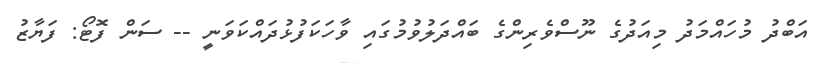
އަބްދު މުހައްމަދު މިއަދުގެ ނޫސްވެރިންގެ ބައްދަލުވުމުގައި ވާހަކަފުޅުދައްކަވަނީ -- ސަން ފޮޓޯ: ފަޔާޒު